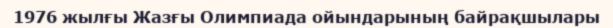
1976 жылғы Жазғы Олимпиада ойындарының байрақшылары